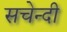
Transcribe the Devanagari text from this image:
सचेन्दी